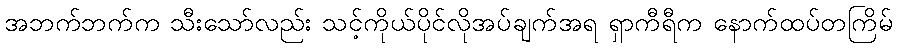
အဘက်ဘက်က သီးသော်လည်း သင့်ကိုယ်ပိုင်လိုအပ်ချက်အရ ရှာကီရီက နောက်ထပ်တကြိမ်